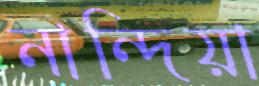
নান্দিয়া